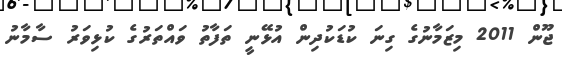
ޖޫން 2011 މިޒަމާނުގެ ގިނަ ކުޑަކުދިން އުޅޭނީ ތަފާތު ވައްތަރުގެ ކުޅިވަރު ސާމާނު